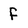
Character: f